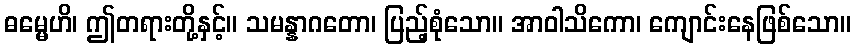
ဓမ္မေဟိ၊ ဤတရားတို့နှင့်။ သမန္နာဂတော၊ ပြည့်စုံသော။ အာဝါသိကော၊ ကျောင်းနေဖြစ်သော။